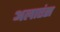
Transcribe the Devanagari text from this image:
अलाएंस